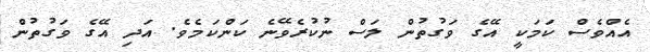
އެއްވެސް ކަމަކީ އޭގެ ވަގުތުން ލަސް ނުކުރެވޭނެ ކަންކަމެވެ. އަދި އޭގެ ވަގުތުން